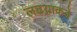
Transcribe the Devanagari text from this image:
लढय़ाकडे